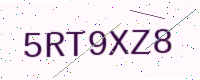
Text: 5RT9XZ8